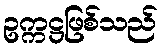
ဥက္ကဋ္ဌဖြစ်သည်